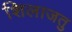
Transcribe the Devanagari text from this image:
शिलाजतु